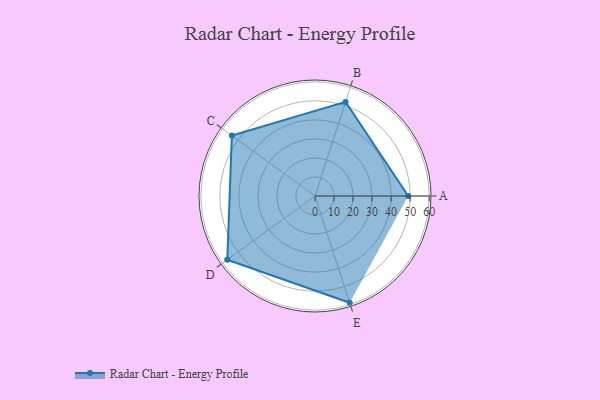
{"axis": {"x": "Skill", "y": "Score"}, "legend": ["Profile"], "data": [{"x": "A", "y": 49.0, "type": "Profile"}, {"x": "B", "y": 52.0, "type": "Profile"}, {"x": "C", "y": 54.0, "type": "Profile"}, {"x": "D", "y": 57.0, "type": "Profile"}, {"x": "E", "y": 59.0, "type": "Profile"}]}